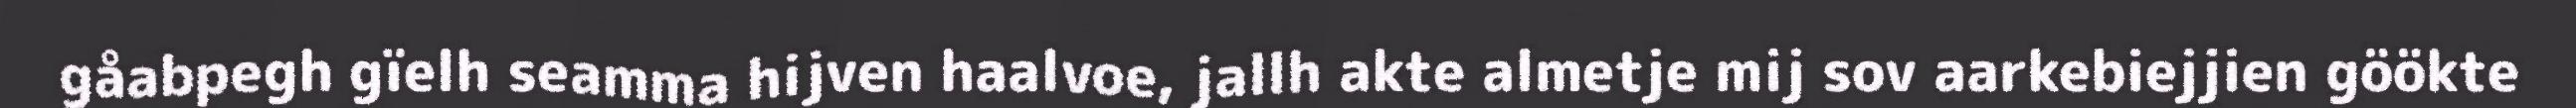
gåabpegh gïelh seamma hijven haalvoe, jallh akte almetje mij sov aarkebiejjien göökte